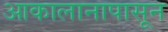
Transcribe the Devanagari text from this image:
आकालानापासून